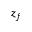
z _ { f }